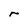
Character: r